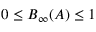
0 \le B _ { \infty } ( A ) \le 1